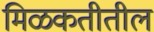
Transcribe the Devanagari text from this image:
मिळकतीतील